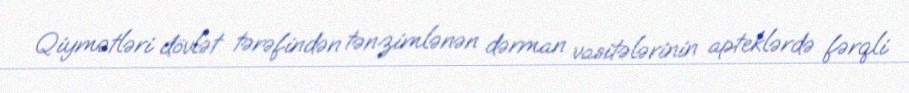
Qiymətləri dövlət tərəfindən tənzimlənən dərman vasitələrinin apteklərdə fərqli